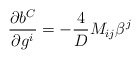
\begin{align*}\frac{\partial b^{C}}{\partial g^{i}} = -\frac{4}{D} {M}_{ij} \beta^{j}\end{align*}